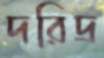
দরিদ্র